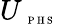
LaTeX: U_{\mathrm{~\tiny~P~H~S~}}